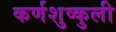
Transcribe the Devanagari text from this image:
कर्णशुष्कुली